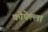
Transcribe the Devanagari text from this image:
कोपेल्ला